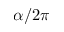
\alpha / 2 \pi